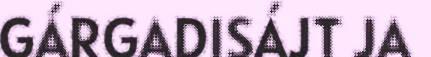
GÁRGADISÁJT JA